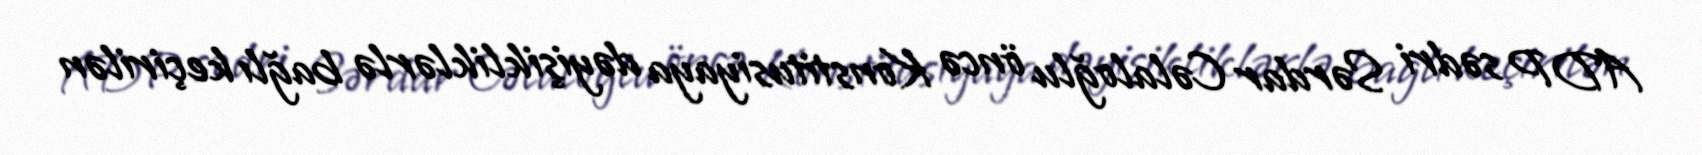
ADP sədri Sərdar Cəlaloğlu öncə Konstitusiyaya dəyişikliklərlə bağlı keçirilən